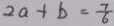
2 a + b = \frac { 7 } { 6 }